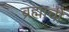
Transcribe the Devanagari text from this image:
ब्रह्माची